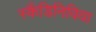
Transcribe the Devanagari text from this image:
स्कैंडिनिविया